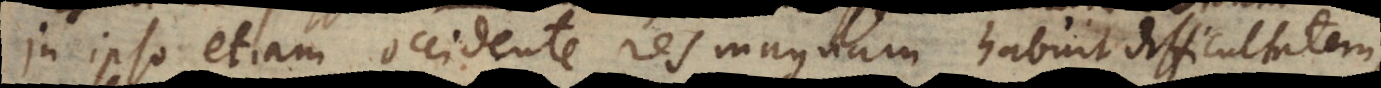
in ipso etiam occidente res magnam habuit difficultatem,